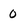
Character: 0